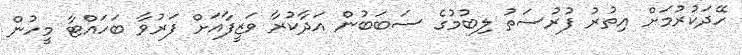
ހޭދަކުރުމަށް އިތުރު ފުރުސަތު ލިބުމުގެ ސަބަބުން އަދާކުރާ ވަޒީފާއަށް ފަރުވާ ބަހައްޓާ މީހުން